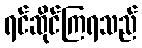
ရင်ဆိုင်ကြရသည်